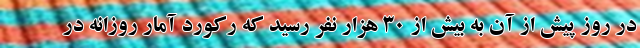
در روز پیش از آن به بیش از ۳۰ هزار نفر رسید که رکورد آمار روزانه در